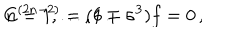
C ^ { ( 2 n - 2 ) } = ( 1 \mp \sigma ^ { 3 } ) f = 0 \, , \hspace { 1 c m } n = 1 , \ldots , 6 \, .